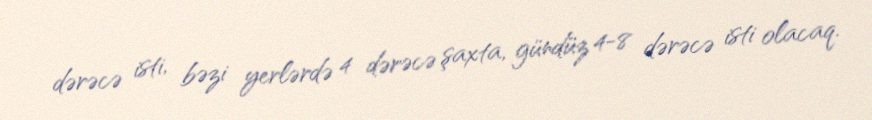
dərəcə isti, bəzi yerlərdə 4 dərəcə şaxta, gündüz 4-8 dərəcə isti olacaq.